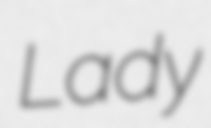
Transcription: Lady